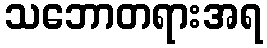
သဘောတရားအရ